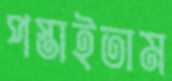
পস্তাইতাম